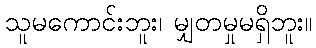
သူမကောင်းဘူး၊ မျှတမှုမရှိဘူး။